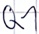
Text: Q1